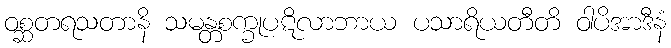
ဝစ္ဆတရသတာနိ သမန္တစက္ခုပဋိလာဘာယ ပသာရိယတီတိ ဝါပိအာဒီနံ